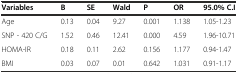
<table><thead><tr><td><b>Variables</b></td><td><b>B</b></td><td><b>SE</b></td><td><b>Wald</b></td><td><b>P</b></td><td><b>OR</b></td><td><b>95.0% C.I</b></td></tr></thead><tbody><tr><td>Age</td><td>0.13</td><td>0.04</td><td>9.27</td><td>0.001</td><td>1.138</td><td>1.05-1.23</td></tr><tr><td>SNP - 420 C/G</td><td>1.52</td><td>0.46</td><td>12.41</td><td>0.000</td><td>4.59</td><td>1.96-10.71</td></tr><tr><td>HOMA-IR</td><td>0.18</td><td>0.11</td><td>2.62</td><td>0.156</td><td>1.177</td><td>0.94-1.47</td></tr><tr><td>BMI</td><td>0.03</td><td>0.07</td><td>0.01</td><td>0.642</td><td>1.031</td><td>0.91-1.17</td></tr></tbody></table>